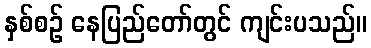
နှစ်စဉ် နေပြည်တော်တွင် ကျင်းပသည်။